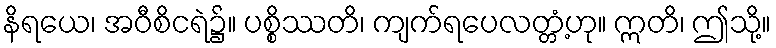
နိရယေ၊ အဝီစိငရဲ၌။ ပစ္စိဿတိ၊ ကျက်ရပေလတ္တံ့ဟု။ ဣတိ၊ ဤသို့။